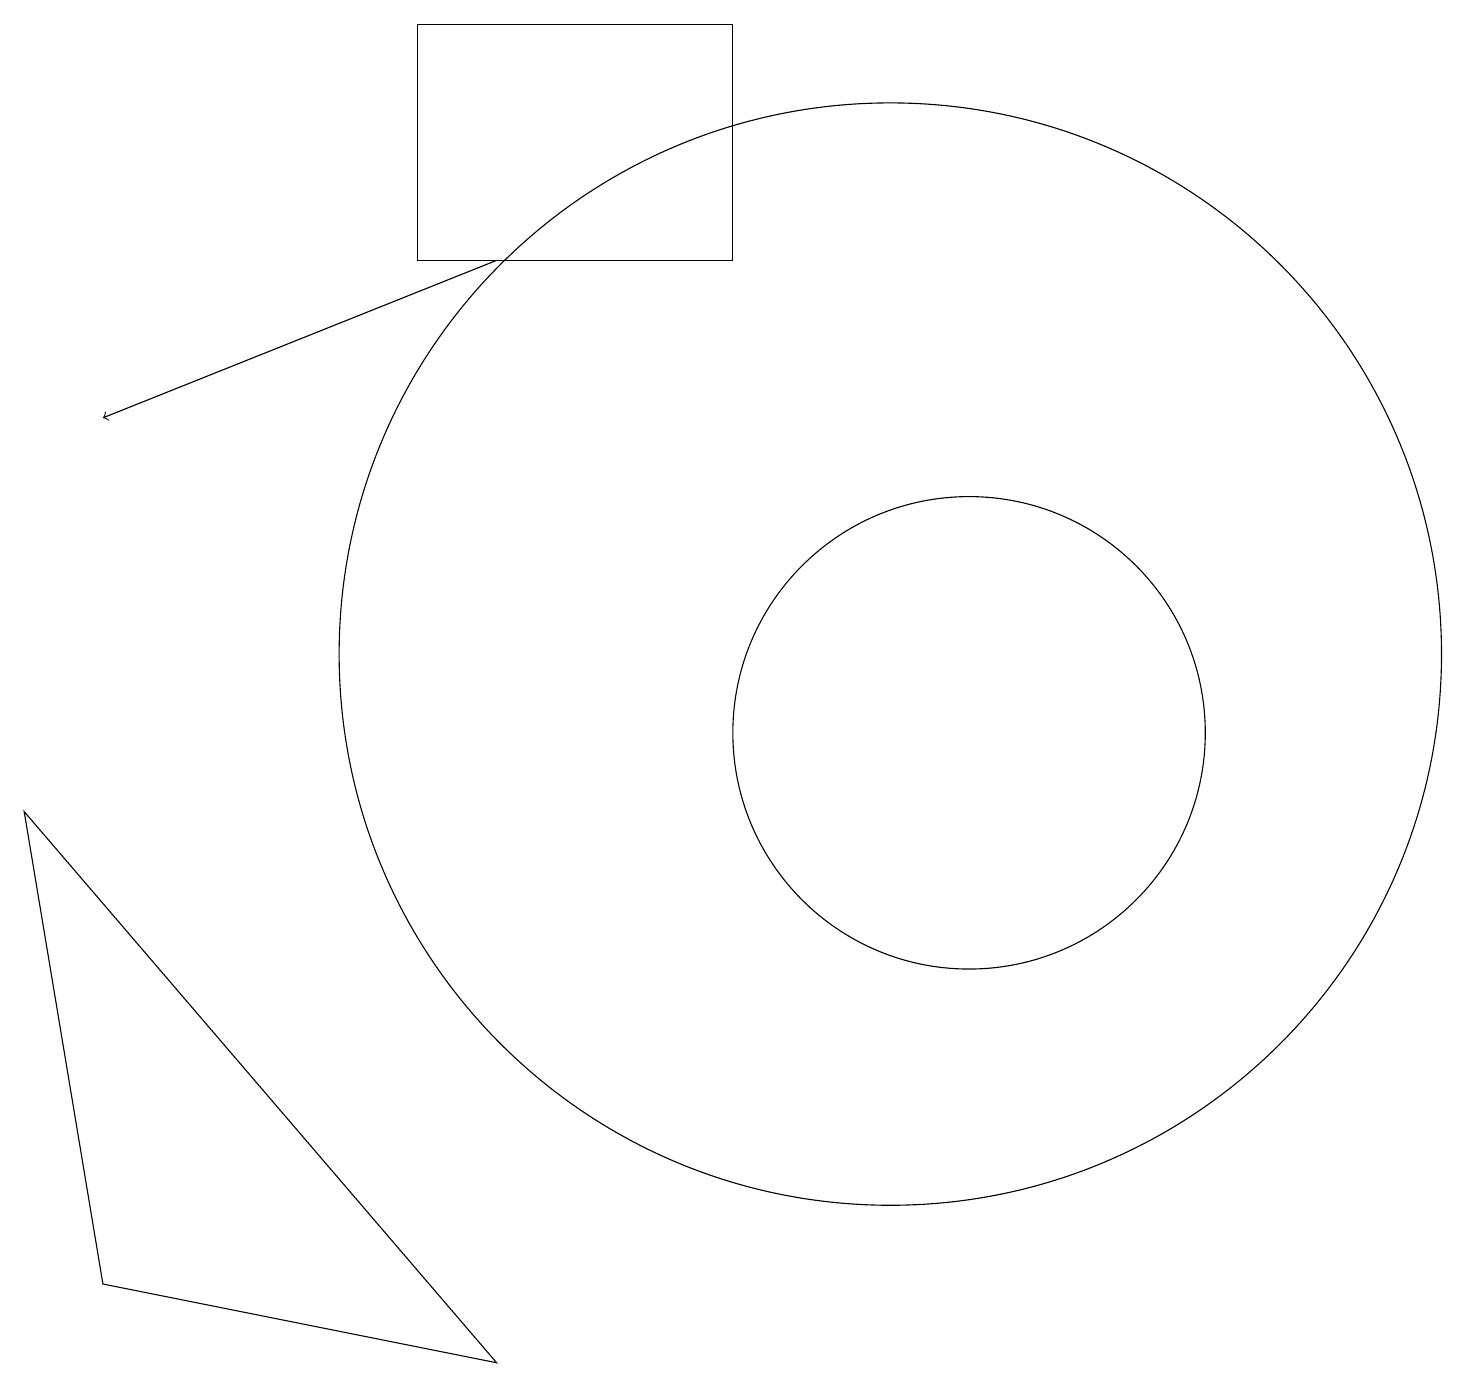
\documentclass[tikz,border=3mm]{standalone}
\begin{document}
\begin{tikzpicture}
\draw[->] (6,16) -- (1,14);
\draw (0,9) -- (6,2) -- (1,3) -- cycle;
\draw (5,19) rectangle (9,16);
\draw (11,11) circle (7);
\draw (12,10) circle (3);
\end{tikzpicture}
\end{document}